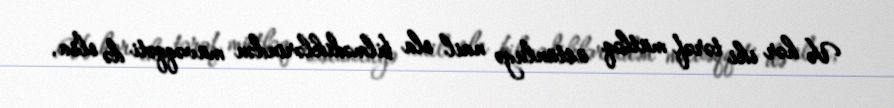
Və hər iki tərəf mütləq üstünlüyə nail ola bilmədiklərindən müvəqqəti də olsa,